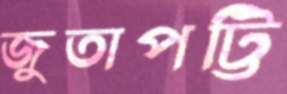
জুতাপট্টি